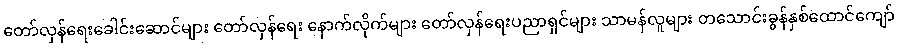
တော်လှန်ရေးခေါင်းဆောင်များ တော်လှန်ရေး နောက်လိုက်များ တော်လှန်ရေးပညာရှင်များ သာမန်လူများ တသောင်းခွန်နှစ်ထောင်ကျော်